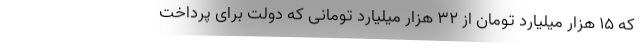
که ۱۵ هزار میلیارد تومان از ۳۲ هزار میلیارد تومانی که دولت برای پرداخت